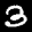
Label: 3